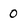
Character: 0